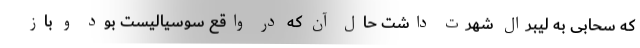
که سحابی به لیبرال شهرت داشت حال آن که در واقع سوسیالیست بود و باز